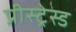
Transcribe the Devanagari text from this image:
प्रीस्ट्रेस्ड